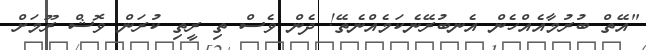
"އޭތް ބުރުމާއެއްހެން އެނބުރޭނެކަމެއްނެތޭ! ދެން ވެސް ތި ރީތި ކުރަން ވޮޝް ރޫމަށް